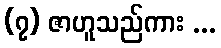
(၇) ဇာဟူသည်ကား ...